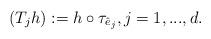
LaTeX: \begin{align*}(T_jh) := h \circ \tau_{\hat{e}_j} , j = 1,...,d.\end{align*}